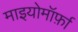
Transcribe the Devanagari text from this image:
माइयोमॉर्फ़ा